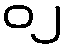
၀၂